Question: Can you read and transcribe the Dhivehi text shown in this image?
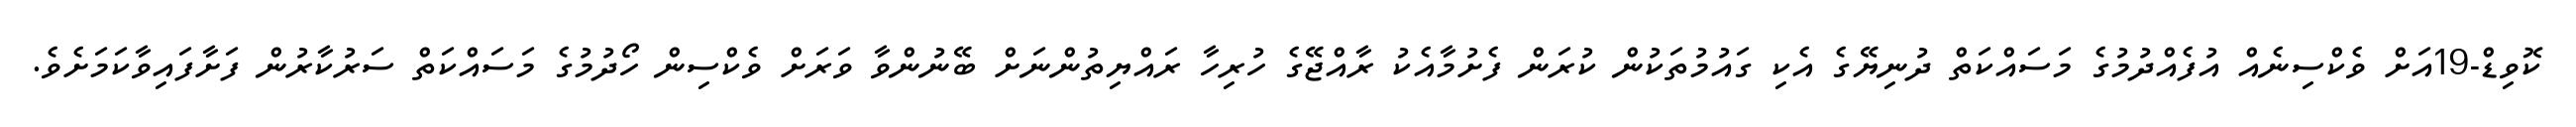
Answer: ކޮވިޑް-19އަށް ވެކްސިނެއް އުފެއްދުމުގެ މަސައްކަތް ދުނިޔޭގެ އެކި ގައުމުތަކުން ކުރަން ފެށުމާއެކު ރާއްޖޭގެ ހުރިހާ ރައްޔިތުންނަށް ބޭނުންވާ ވަރަށް ވެކްސިން ހޯދުމުގެ މަސައްކަތް ސަރުކާރުން ފަށާފައިވާކަމަށެވެ.